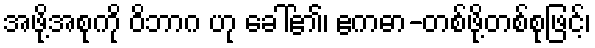
အဖို့အစုကို ဝိဘာဂ ဟု ခေါ်၏၊ ဧကဓာ-တစ်ဖို့တစ်စုဖြင့်၊